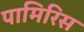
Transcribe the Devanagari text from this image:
पामिरिस